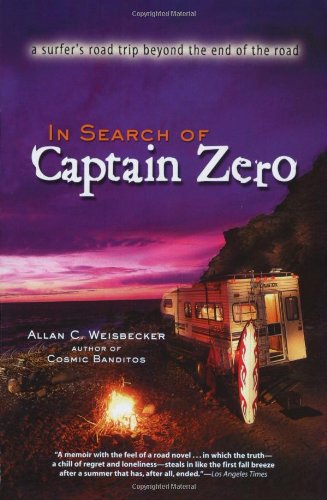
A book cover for In Search of Captain Zero: A Surfer's Road Trip Beyond the End of the Road; Allan Weisbecker; History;